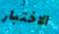
الاختبار